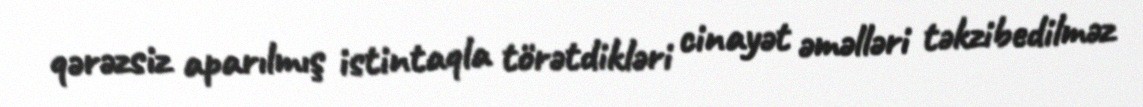
qərəzsiz aparılmış istintaqla törətdikləri cinayət əməlləri təkzibedilməz